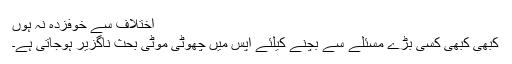
اختلاف سے خوفزدہ نہ ہوں
کبھی کبھی کسی بڑے مسئلے سے بچنے کیلئے آپس میں چھوٹی موٹی بحث ناگزیر ہوجاتی ہے۔